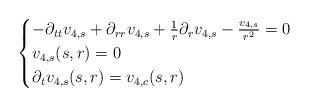
LaTeX: \begin{align*}\begin{cases} -\partial_{tt}v_{4,s} + \partial_{rr}v_{4,s} + \frac{1}{r} \partial_{r}v_{4,s} - \frac{v_{4,s}}{r^{2}}=0\\v_{4,s}(s,r) = 0\\\partial_{t}v_{4,s}(s,r) = v_{4,c}(s,r)\end{cases}\end{align*}